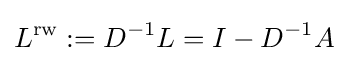
L^{\text{rw}}:=D^{-1}L=I-D^{-1}A